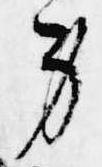
身